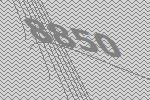
8850